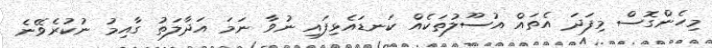
މިހެންގޮސް މިފަދަ އެތައް އުސޫލުތަކެއް ކަނޑައެޅިފައި ނުވާ ނަމަ އަދާލަތު ގާއިމު ނުކުރެވޭނެ